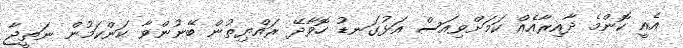
އެއީ ކޮންމެ ދާއިރާއެއް ކަމަށްވިއަސް އަޅުގަނޑު ހޮވާދޭ ރައްޔިތުން ބޭނުންވާ ކަންކަމުން ނަތީޖާ